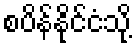
စပိန်နိုင်ငံသို့